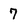
Character: 7